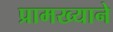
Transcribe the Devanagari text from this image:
प्रामख्याने